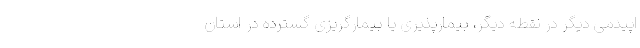
اپیدمی دیگر در نقطه دیگر، بیمارپذیری یا بیمارگریزی گسترده در استان